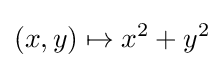
(x,y)\mapsto x^{2}+y^{2}